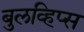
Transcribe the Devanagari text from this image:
बुलव्हिप्स